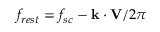
f _ { r e s t } = f _ { s c } - \mathbf { k } \cdot \mathbf { V } / 2 \pi